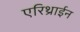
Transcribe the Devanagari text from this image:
एरिथ्राईन